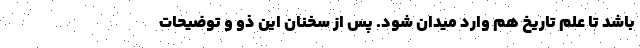
باشد تا علم تاریخ هم وارد میدان شود. پس از سخنان این ذو و توضیحات